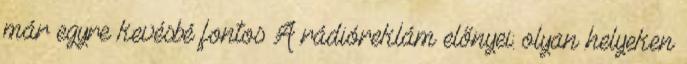
már egyre kevésbé fontos A rádióreklám előnyei: olyan helyeken